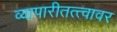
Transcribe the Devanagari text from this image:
व्यापारीतत्त्वावर